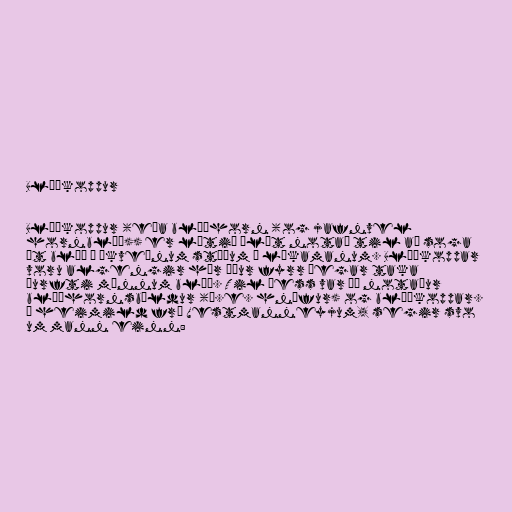
Blóðkoppur

Blóðkoppur (eða blóðhorn (og jafnvel
hornblóð)) er lítið ílát notað til að soga
út blóð á ákveðnum stöðum á líkamanum. Blóðkoppar
voru algengir hér áður fyrr þegar taka
þurfti mönnum blóð. Til þess var þá notaður
blóðhornsbíldur (þ.e. hnífur) og blóðkoppar.
Í heimild frá Vestmanneyjum, segir svo
um mann einn: